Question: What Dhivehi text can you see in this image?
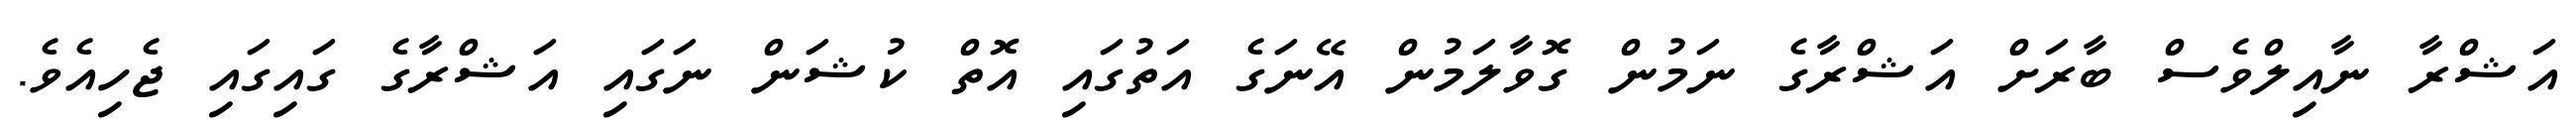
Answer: އަޝްރާ ނާއިލްވެސް ބާރަށް އަޝްރާގެ ނަމުން ގޮވާލަމުން އޭނަގެ އަތުގައި އޮތް ކުޝަން ނަގައި އަޝްރާގެ ގައިގައި ޖެހިއެވެ.